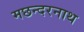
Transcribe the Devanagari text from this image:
मछन्दरनाथ